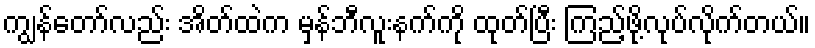
ကျွန်တော်လည်း အိတ်ထဲက မှန်ဘီလူးနက်ကို ထုတ်ပြီး ကြည့်ဖို့လုပ်လိုက်တယ်။